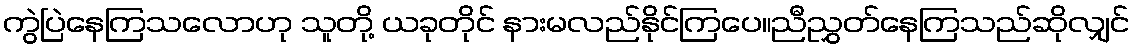
ကွဲပြဲနေကြသလောဟု သူတို့ ယခုတိုင် နားမလည်နိုင်ကြပေ။ညီညွှတ်နေကြသည်ဆိုလျှင်